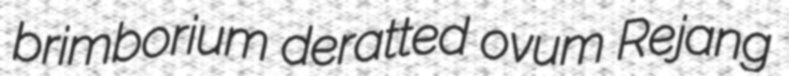
brimborium deratted ovum Rejang